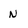
Character: N